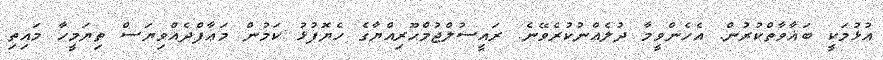
އުޅުމަކީ ބަޣާވާތްކުރުން. އެހެންވީމާ ދުލެއްނުކުރެވޭނެ. ރައީސުލްޖުމްހޫރިއްޔާގެ ހެޔޮފުޅު ކަމުން މަޢާފްދެއްވިޔަސް ތިޔަމީހާ މައިތި